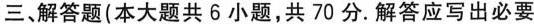
三、解答题(本大题共6小题，共70分.解答应写出必要